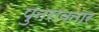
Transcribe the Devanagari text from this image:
पुनरावतार